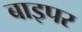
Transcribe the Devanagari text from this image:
बाइपर